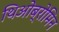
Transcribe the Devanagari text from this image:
थिओब्रोमिन